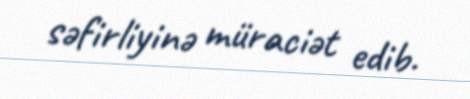
səfirliyinə müraciət edib.